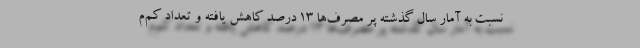
نسبت به آمار سال گذشته پر مصرف‌ها ۱۳ درصد کاهش یافته و تعداد کم‌م